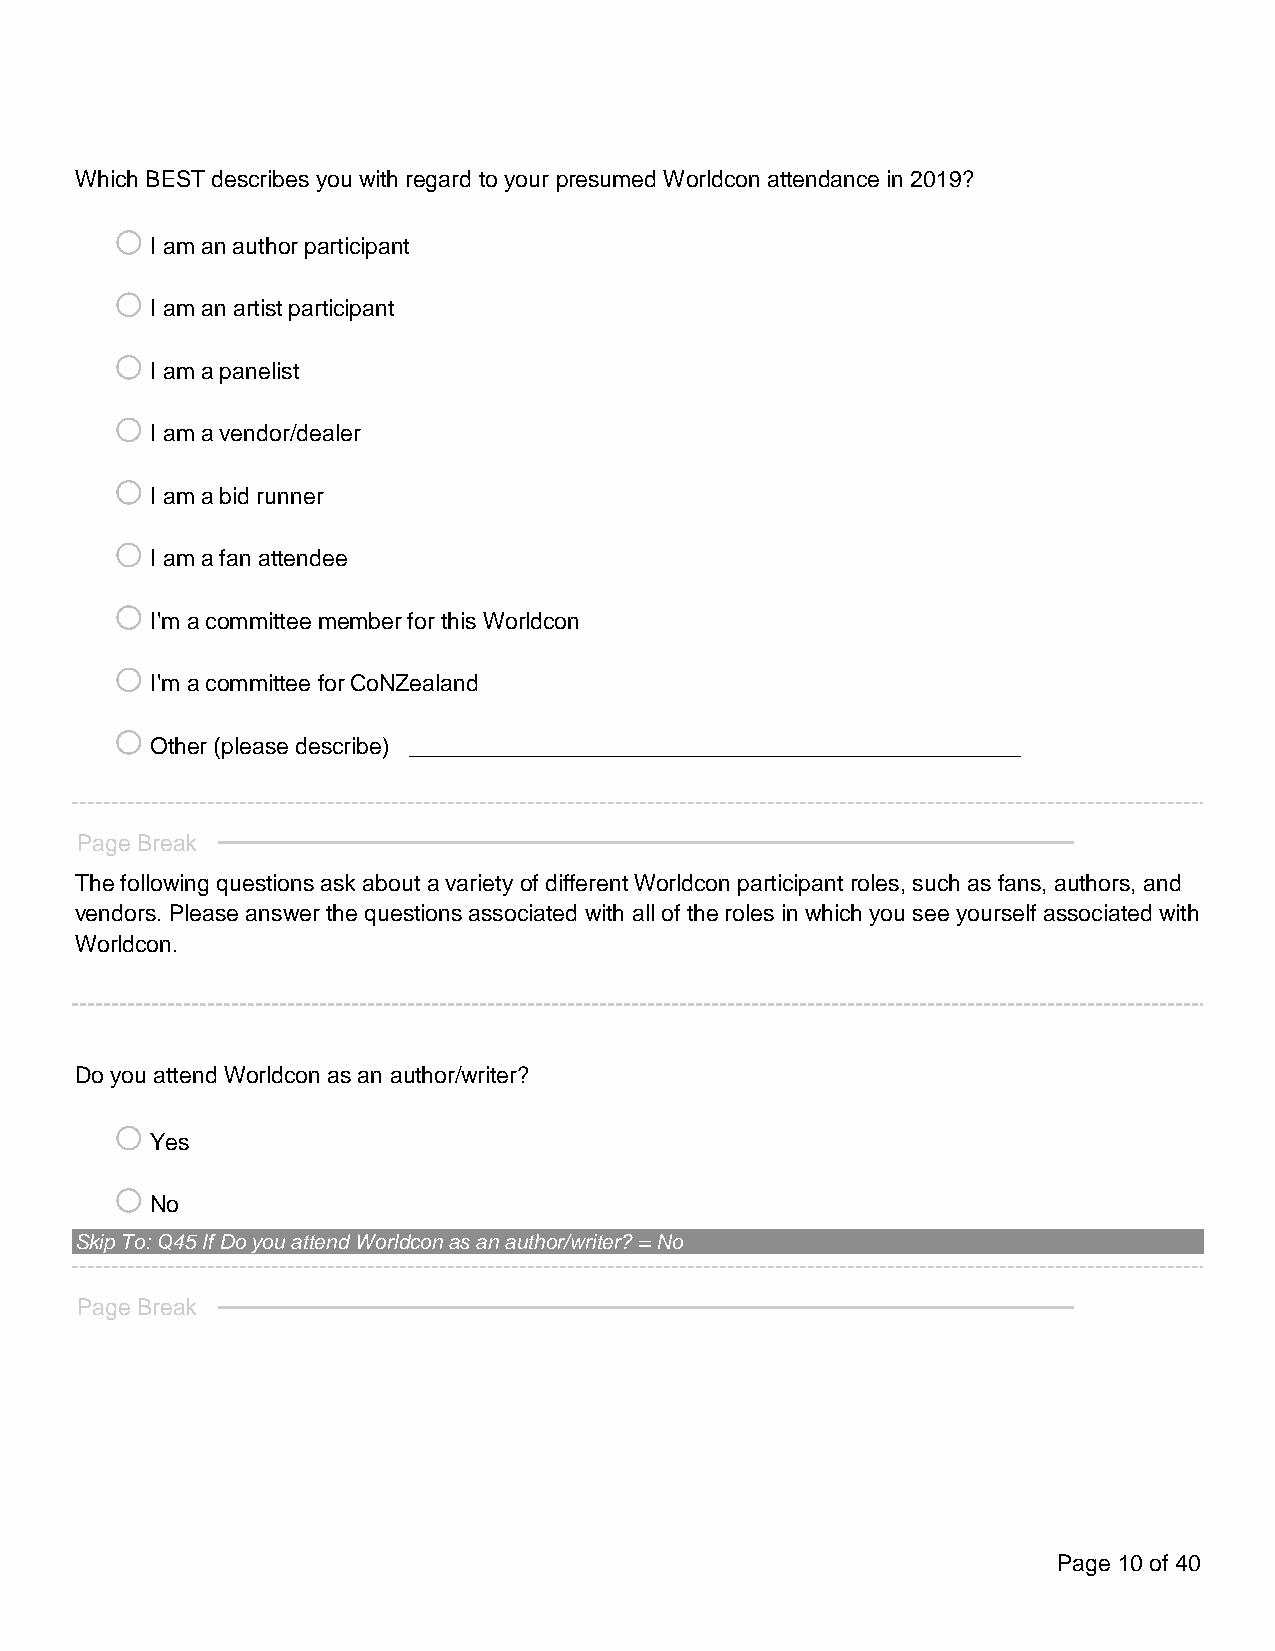
Which BEST describes you with regard to your presumed Worldcon attendance in 2019?
 o
 I am an author participant
 o
 I am an artist participant
 o
 I am a panelist
 o
 I am a vendor/dealer
 o
 I am a bid runner
 o
 I am a fan attendee
 o
 I'm a committee member for this Worldcon
 o
 I'm a committee for CoNZealand
 o
 Other (please describe) ________________________________________________
 Page Break
 The following questions ask about a variety of different Worldcon participant roles, such as fans, authors, and
 vendors. Please answer the questions associated with all of the roles in which you see yourself associated with
 Worldcon.
 Do you attend Worldcon as an author/writer?
 o
 Yes
 o
 No
 Skip To: Q45 If Do you attend Worldcon as an author/writer? = No
 Page Break
 Page 10 of 40